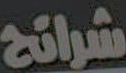
شرائح